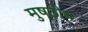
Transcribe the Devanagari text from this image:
मुष्ठीय